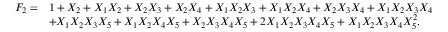
\begin{array} { r l } { F _ { 2 } = } & { 1 + X _ { 2 } + X _ { 1 } X _ { 2 } + X _ { 2 } X _ { 3 } + X _ { 2 } X _ { 4 } + X _ { 1 } X _ { 2 } X _ { 3 } + X _ { 1 } X _ { 2 } X _ { 4 } + X _ { 2 } X _ { 3 } X _ { 4 } + X _ { 1 } X _ { 2 } X _ { 3 } X _ { 4 } } \\ & { + X _ { 1 } X _ { 2 } X _ { 3 } X _ { 5 } + X _ { 1 } X _ { 2 } X _ { 4 } X _ { 5 } + X _ { 2 } X _ { 3 } X _ { 4 } X _ { 5 } + 2 X _ { 1 } X _ { 2 } X _ { 3 } X _ { 4 } X _ { 5 } + X _ { 1 } X _ { 2 } X _ { 3 } X _ { 4 } X _ { 5 } ^ { 2 } . } \end{array}